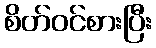
စိတ်ဝင်စားပြီး